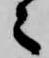
々